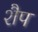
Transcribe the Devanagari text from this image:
शैप